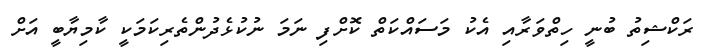
ރަކްޝިތު ބުނީ ހިތްވަރާއި އެކު މަސައްކަތް ކޮށްފި ނަމަ ނުކުޅެދުންތެރިކަމަކީ ކާމިޔާބީ އަށް